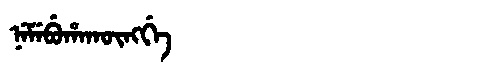
Manchu: ᠨᡝᠮᡝᠪᡠᡥᠠᡴᡡᠩᡤᡝ
Romanization: NEMEBUHAKŪNGGE